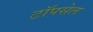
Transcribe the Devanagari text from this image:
टॉपसेल